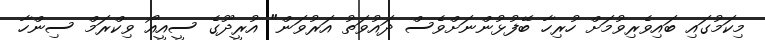
މިކަމުގައި ބައިވެރިވުމަށް ހުރިހާ ބޭފުޅުންނަށްވެސް ދައުވަތު އަރުވަން" އުރީދޫގެ ސީއީއޯ ވިކްރަމް ސިންހާ